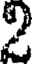
2